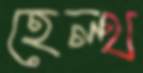
হেল্থ